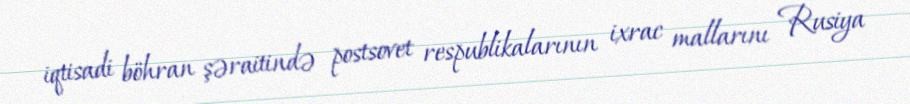
iqtisadi böhran şəraitində postsovet respublikalarının ixrac mallarını Rusiya